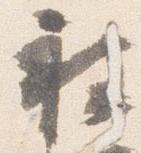
被